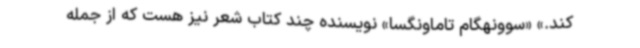
‌کند.» «سوونهگام تاماونگسا» نویسنده چند کتاب شعر نیز هست که از جمله